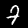
Label: 7